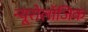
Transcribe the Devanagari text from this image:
न्यूरोलॉजिक